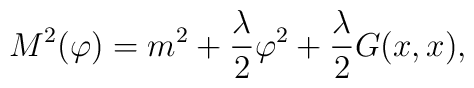
M^{2}(\varphi)=m ^{2}+\frac{\lambda}{2}\varphi^{2}+\frac{\lambda}{2}G(x,x),